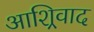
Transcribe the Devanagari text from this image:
आशिर्‍वाद